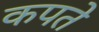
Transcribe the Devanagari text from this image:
कपते